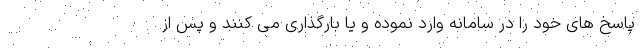
پاسخ های خود را در سامانه وارد نموده و یا بارگذاری می کنند و پس از